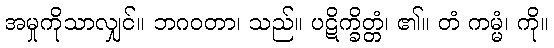
အမှုကိုသာလျှင်။ ဘဂဝတာ၊ သည်။ ပဋိက္ခိတ္တံ၊ ၏။ တံ ကမ္မံ၊ ကို။